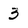
Character: 3